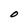
Character: O